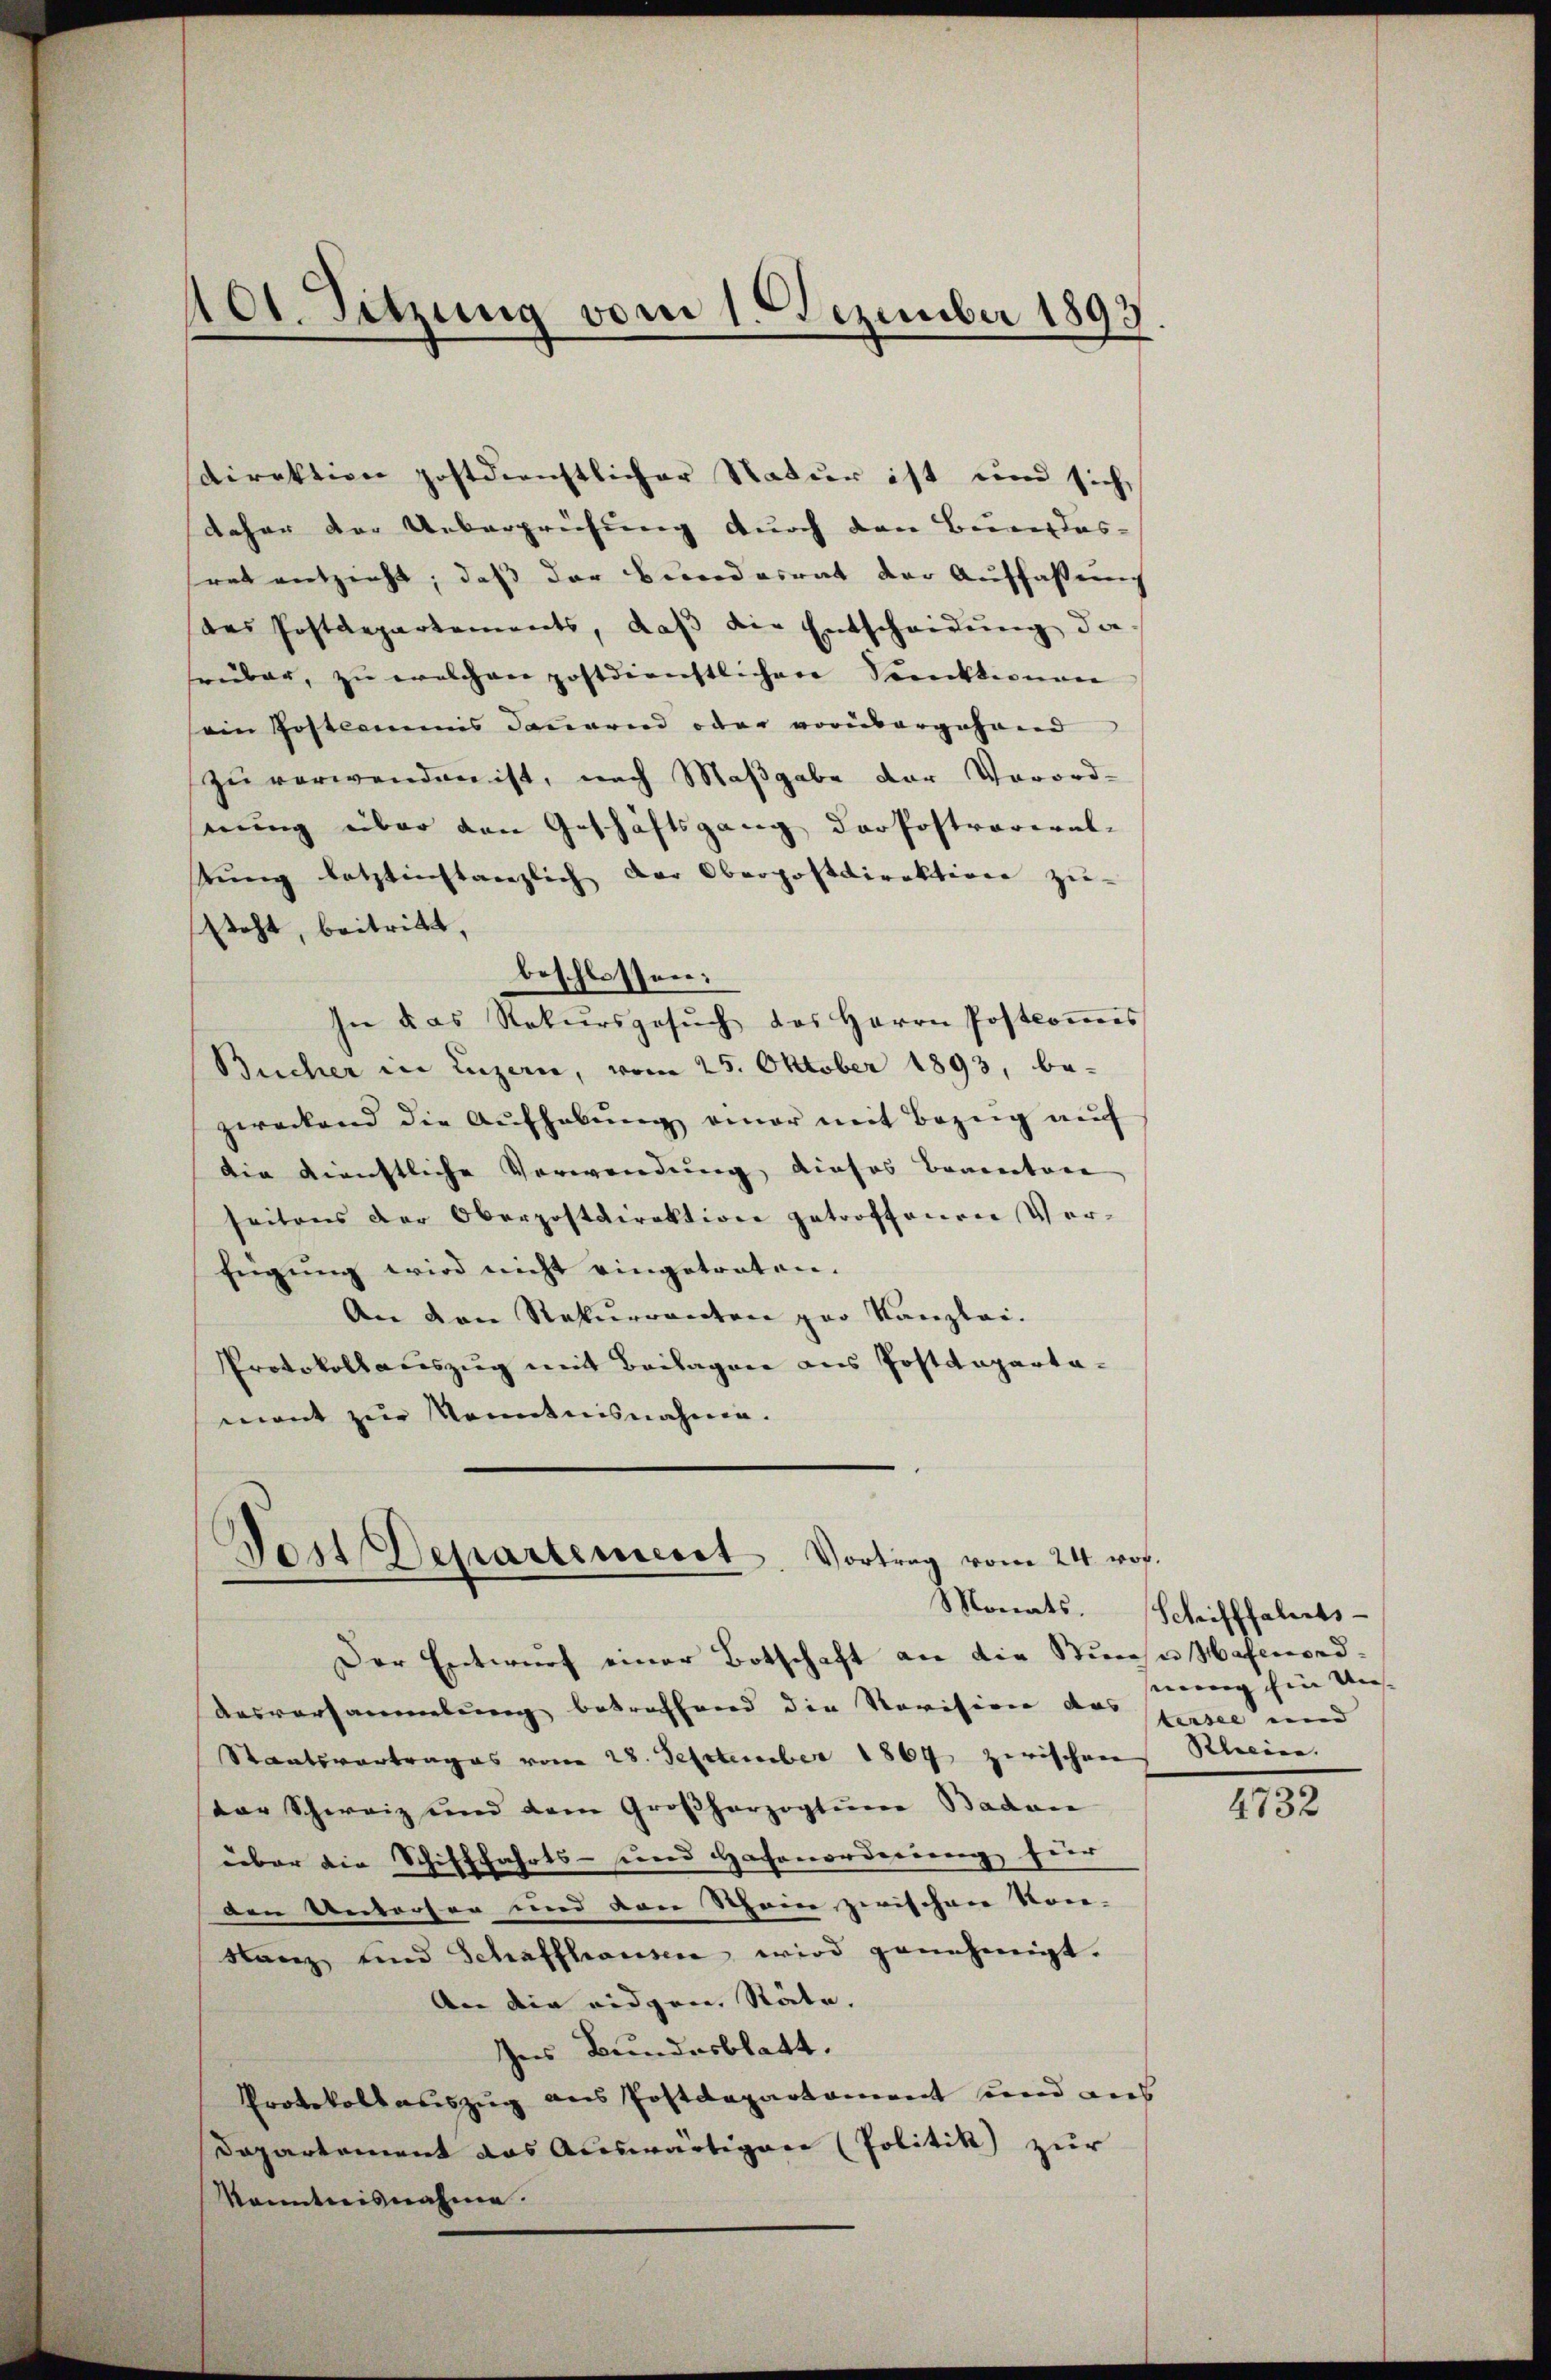
101. Sitzung vom 1. Dezember 1893

daher der Ueberprüfung durch den Beiner das-
srat entzieht, daß der Beendesrat der Auffassung
das Postdepartements, daß die Entscheidŭng da
rüber, zu welchen postdienstlichen Seeckteinan
sein Postkommnis dauernd oder vorübergehend
zu verwenden ist, nach Maßgabe der Verord-
erung über den Geschäftsgang der Postvoreral-
stung letztinstanzlich der Oberpostdirektion zu-
steht, beitritt,
beschlossen:
In das Rekursgesŭch des Herrn Postcomis
Bucher in Luzern, vom 25. Oktober 1893, be-
zweckend die Aŭfhebŭng einer mit Bezug auf
die dienstliche Verwendung, dieses Bonetare
seitens der Oberpostdirektion getroffenen Verfügŭng wird nicht eingetreten.
An den Rekurrenten par Kanzlei-
Protokollauszug mit Beilagen aus Postdepartamant zur Kenntnisnahme.

sdirektion postdienstlicher Natur ist und sich,

Dent Departement. Vortrag vom 24. roh.
Der Entwurf einer Botschaft an die Siche Hafenord¬

Ausvorsammlung betroffend die Revision das tutel und
Staatsvertrages vom 28. September 1867 zwischen Relien.
tor Schweiz und dem Großherzogtum Badan
über die Schifffahrts- und Hafenorderung für
den Unterter und von Schein zwischen Kon-
Lanz und Schaffhausen wird genehmigt.
An die eidgen. Stäte.
Ins Bundesblatt.
Protokollauszug aus Postdepartement und aus
Dapartement das Auswärtigen (Politik zur
kanntnisnahme.

Monats- Schifffahrts-
sierung Ein Un- |

4732